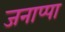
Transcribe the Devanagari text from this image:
जनाप्पा